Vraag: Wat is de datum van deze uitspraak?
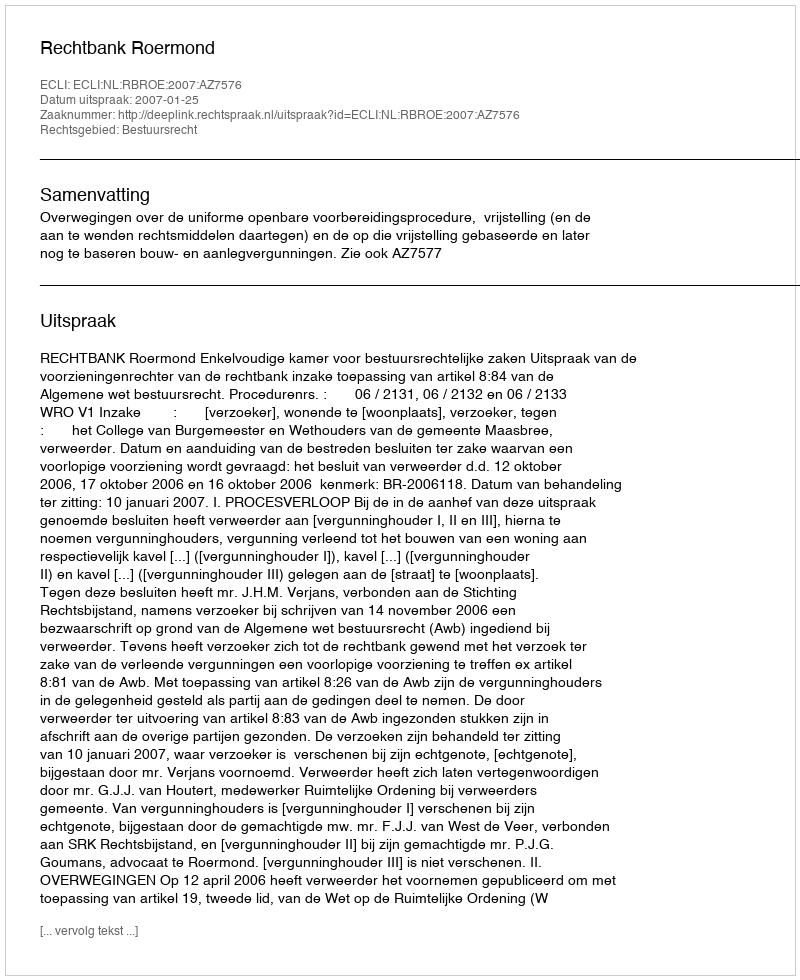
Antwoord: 2007-01-25